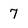
Character: 7